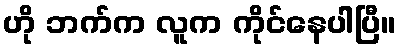
ဟို ဘက်က လူက ကိုင်နေပါပြီ။